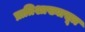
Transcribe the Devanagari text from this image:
प्रातिशाख्यासूत्र